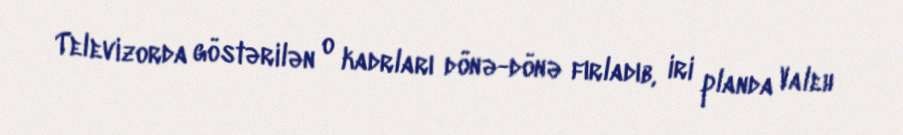
Televizorda göstərilən o kadrları dönə-dönə fırladıb, iri planda Valeh